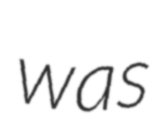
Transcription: was